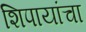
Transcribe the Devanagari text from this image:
शिपायांचा